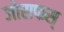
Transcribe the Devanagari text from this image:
जोसफस्